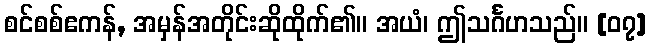
စင်စစ်ဧကန်, အမှန်အတိုင်းဆိုထိုက်၏။ အယံ၊ ဤသင်္ဂဟသည်။ [၀၇]